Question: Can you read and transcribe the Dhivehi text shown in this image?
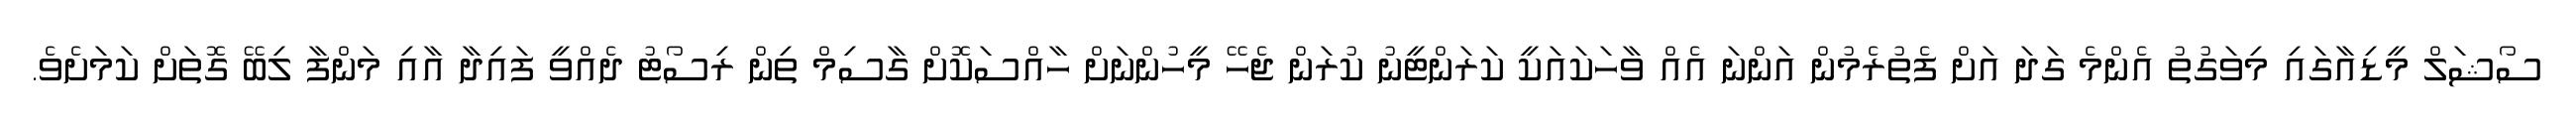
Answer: ސޯޝަލް މީޑިއާގައި މިވަގުތު އެންމެ ގަދަ އަށް ފެތުރެމުން އަންނަ އެއް ވާހަކައަކީ ކަރަންޓީނު ކުރަން ޖެހޭ މީހުންނަށް ހާއްސަކޮށް ގާސިމް ތިން ރިސޯޓު ދެއްވީ ފައިދާ އާއި މަންފާ ލިބޭ ގޮތަށް ކަމަށެވެ.